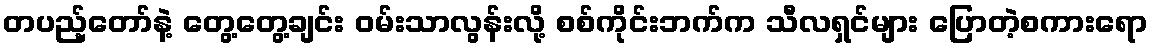
တပည့်တော်နဲ့ တွေ့တွေ့ချင်း ဝမ်းသာလွန်းလို့ စစ်ကိုင်းဘက်က သီလရှင်များ ပြောတဲ့စကားရော